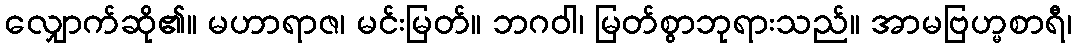
လျှောက်ဆို၏။ မဟာရာဇ၊ မင်းမြတ်။ ဘဂဝါ၊ မြတ်စွာဘုရားသည်။ အာမဗြဟ္မစာရီ၊